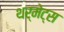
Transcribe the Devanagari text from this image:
थर्मेट्स